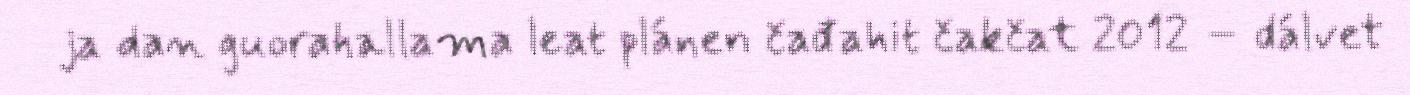
ja dan guorahallama leat plánen čađahit čakčat 2012 – dálvet